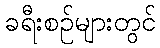
ခရီးစဉ်များတွင်